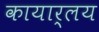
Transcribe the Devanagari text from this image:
कायार्लय